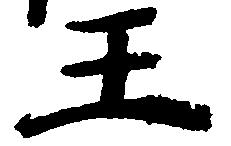
王